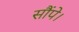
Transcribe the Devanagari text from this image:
सौंपे।